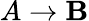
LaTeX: A\rightarrow\mathbf{B}